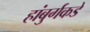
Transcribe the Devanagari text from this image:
हांबुर्गकडे